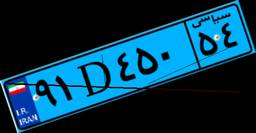
۲۷D۰۴۹۲۰